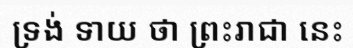
ទ្រង់ ទាយ ថា ព្រះរាជា នេះ